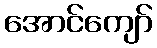
အောင်ကျော်